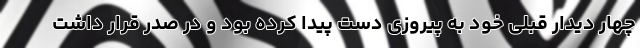
چهار دیدار قبلی خود به پیروزی دست پیدا کرده بود و در صدر قرار داشت